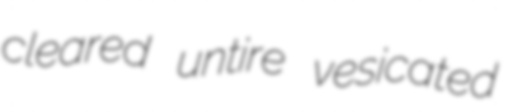
cleared untire vesicated